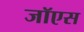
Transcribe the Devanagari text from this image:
जॉएस